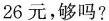
26元，够吗?